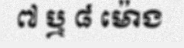
៧ ឬ ៨ ម៉ោង